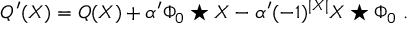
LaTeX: Q ^ { \prime } ( X ) = Q ( X ) + \alpha ^ { \prime } \Phi _ { 0 } \star X - \alpha ^ { \prime } ( - 1 ) ^ { | X | } X \star \Phi _ { 0 } \ .